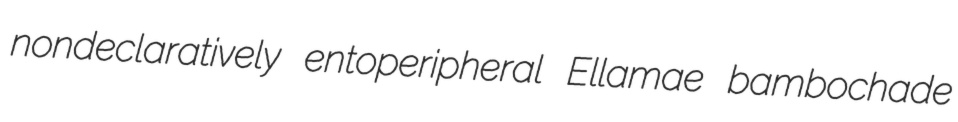
nondeclaratively entoperipheral Ellamae bambochade